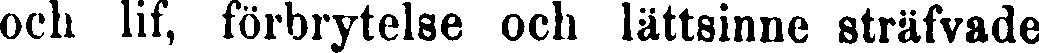
och lif, förbrytelse och lättsinne sträfvade